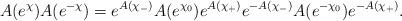
LaTeX: \begin{gather*}A(e^{\chi})A(e^{-\chi})=e^{A(\chi_-)}A(e^{\chi_0})e^{A(\chi_+)}e^{-A(\chi_-)}A(e^{-\chi_0})e^{-A(\chi_+)}.\end{gather*}